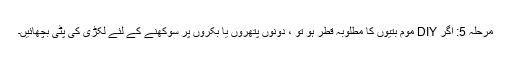
مرحلہ 5: اگر DIY موم بتیوں کا مطلوبہ قطر ہو تو ، دونوں پتھروں یا بکروں پر سوکھنے کے لئے لکڑی کی پٹی بچھائیں۔